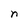
Character: n